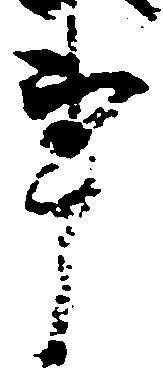
事